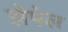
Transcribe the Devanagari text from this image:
झेपेल